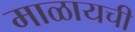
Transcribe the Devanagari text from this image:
माळायची